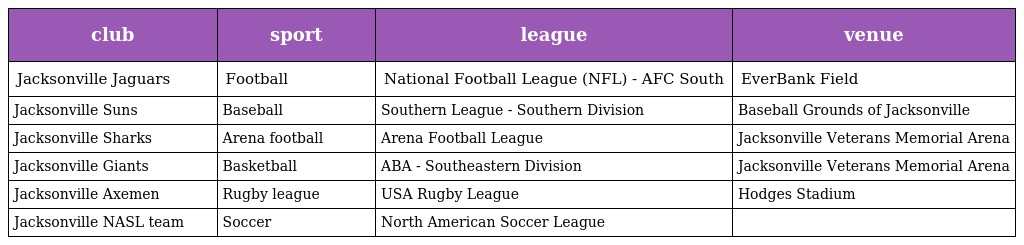
| club | sport | league | venue |
 | --- | --- | --- | --- |
 | Jacksonville Jaguars | Football | National Football League (NFL) - AFC South | EverBank Field |
 | Jacksonville Suns | Baseball | Southern League - Southern Division | Baseball Grounds of Jacksonville |
 | Jacksonville Sharks | Arena football | Arena Football League | Jacksonville Veterans Memorial Arena |
 | Jacksonville Giants | Basketball | ABA - Southeastern Division | Jacksonville Veterans Memorial Arena |
 | Jacksonville Axemen | Rugby league | USA Rugby League | Hodges Stadium |
 | Jacksonville NASL team | Soccer | North American Soccer League |  |